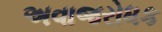
અવાજરોધક